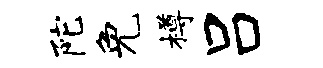
陀免樽吕